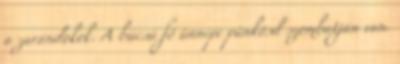
a zarándokok. A búcsú fő ünnepe pünkösd szombatján van.